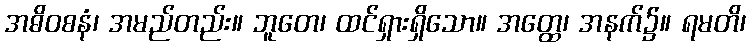
အဓိဝစနံ၊ အမည်တည်း။ ဘူတေ၊ ထင်ရှားရှိသော။ အတ္ထေ၊ အနက်၌။ ရမတိ၊